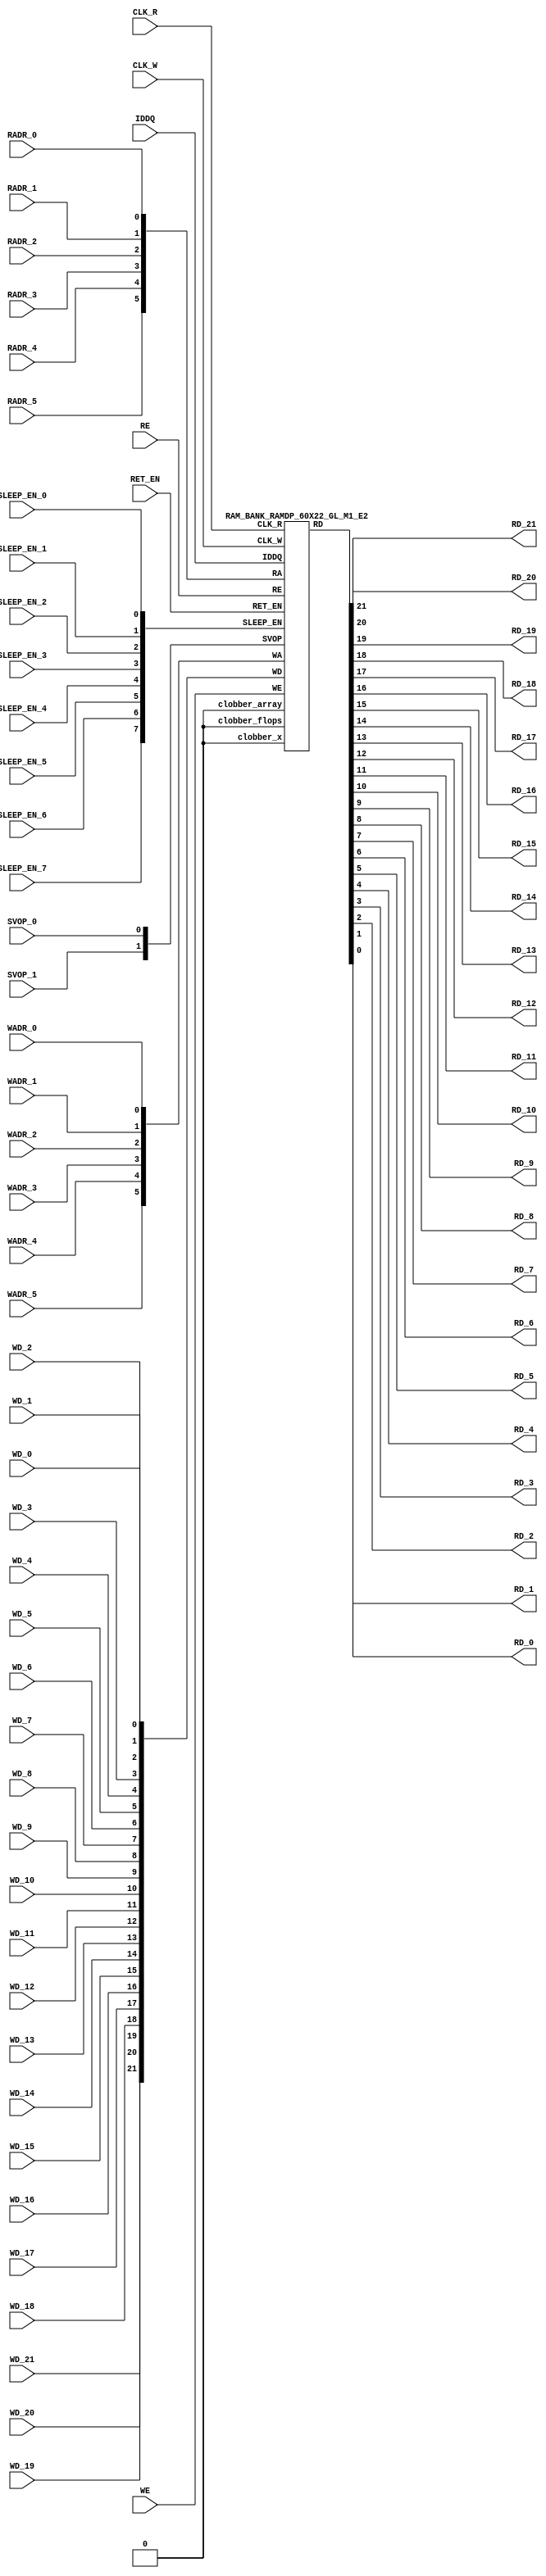
// ================================================================
// NVDLA Open Source Project
//
// Copyright(c) 2016 - 2017 NVIDIA Corporation. Licensed under the
// NVDLA Open Hardware License; Check "LICENSE" which comes with
// this distribution for more information.
// ================================================================
`timescale 10ps/1ps
`celldefine
module RAMDP_60X22_GL_M1_E2 (CLK_R, CLK_W, RE, WE
 , RADR_5, RADR_4, RADR_3, RADR_2, RADR_1, RADR_0
    , WADR_5, WADR_4, WADR_3, WADR_2, WADR_1, WADR_0
 , WD_21, WD_20, WD_19, WD_18, WD_17, WD_16, WD_15, WD_14, WD_13, WD_12, WD_11, WD_10, WD_9, WD_8, WD_7, WD_6, WD_5, WD_4, WD_3, WD_2, WD_1, WD_0
 , RD_21, RD_20, RD_19, RD_18, RD_17, RD_16, RD_15, RD_14, RD_13, RD_12, RD_11, RD_10, RD_9, RD_8, RD_7, RD_6, RD_5, RD_4, RD_3, RD_2, RD_1, RD_0
    , IDDQ
 , SVOP_1, SVOP_0
    , SLEEP_EN_7, SLEEP_EN_6, SLEEP_EN_5, SLEEP_EN_4, SLEEP_EN_3, SLEEP_EN_2, SLEEP_EN_1, SLEEP_EN_0, RET_EN
);
// nvProps NoBus SLEEP_EN_
`ifndef RAM_INTERFACE
`ifndef EMULATION
`ifndef SYNTHESIS
// Physical ram size defined as localparam
localparam phy_rows = 60;
localparam phy_cols = 22;
localparam phy_rcols_pos = 22'b0;
`endif //ndef SYNTHESIS
`endif //EMULATION
`endif //ndef RAM_INTERFACE
input CLK_R, CLK_W, RE, WE
 , RADR_5, RADR_4, RADR_3, RADR_2, RADR_1, RADR_0
    , WADR_5, WADR_4, WADR_3, WADR_2, WADR_1, WADR_0
 , WD_21, WD_20, WD_19, WD_18, WD_17, WD_16, WD_15, WD_14, WD_13, WD_12, WD_11, WD_10, WD_9, WD_8, WD_7, WD_6, WD_5, WD_4, WD_3, WD_2, WD_1, WD_0
    , SLEEP_EN_7, SLEEP_EN_6, SLEEP_EN_5, SLEEP_EN_4, SLEEP_EN_3, SLEEP_EN_2, SLEEP_EN_1, SLEEP_EN_0, RET_EN
    , IDDQ
 , SVOP_1, SVOP_0;
output RD_21, RD_20, RD_19, RD_18, RD_17, RD_16, RD_15, RD_14, RD_13, RD_12, RD_11, RD_10, RD_9, RD_8, RD_7, RD_6, RD_5, RD_4, RD_3, RD_2, RD_1, RD_0;
`ifndef RAM_INTERFACE
//assemble & rename wires
 wire [5:0] RA = {RADR_5, RADR_4, RADR_3, RADR_2, RADR_1, RADR_0};
 wire [5:0] WA = {WADR_5, WADR_4, WADR_3, WADR_2, WADR_1, WADR_0};
 wire [21:0] WD = {WD_21, WD_20, WD_19, WD_18, WD_17, WD_16, WD_15, WD_14, WD_13, WD_12, WD_11, WD_10, WD_9, WD_8, WD_7, WD_6, WD_5, WD_4, WD_3, WD_2, WD_1, WD_0};
 wire [21:0] RD;
 assign {RD_21, RD_20, RD_19, RD_18, RD_17, RD_16, RD_15, RD_14, RD_13, RD_12, RD_11, RD_10, RD_9, RD_8, RD_7, RD_6, RD_5, RD_4, RD_3, RD_2, RD_1, RD_0} = RD;
 wire [1:0] SVOP = {SVOP_1, SVOP_0};
    wire [7:0] SLEEP_EN = {SLEEP_EN_7, SLEEP_EN_6, SLEEP_EN_5, SLEEP_EN_4, SLEEP_EN_3, SLEEP_EN_2, SLEEP_EN_1, SLEEP_EN_0};
`ifndef EMULATION
`ifndef SYNTHESIS
//State point clobering signals:
    wire check_x = (SVOP_0 ^ SVOP_1);
    wire clobber_x;
    assign clobber_x = ((check_x === 1'bx) || (check_x === 1'bz)) ? 1'b1 : 1'b0;
    wire clobber_array = ((|SLEEP_EN) & ~RET_EN) | clobber_x;
    wire clobber_flops = (|SLEEP_EN) | clobber_x;
    integer i;
    always @(clobber_array) begin
      if (clobber_array) begin
      for (i=0; i<60; i=i+1) begin
          ITOP.io.array[i] <= 22'bx;
      end
      end
    end
//VCS coverage off
    always @(clobber_flops) begin
        if (clobber_flops) begin
        ITOP.we_lat <= 1'bx;
        ITOP.wa_lat <= 6'bx;
        ITOP.wd_lat <= 22'bx;
        ITOP.re_lat <= 1'bx;
        ITOP.ra_lat <= 6'bx;
        ITOP.io.r0_dout_tmp <= 22'b0;
        end
    end
//VCS coverage on
//VCS coverage off
`ifdef NV_RAM_ASSERT
//first reset signal for nv_assert_module:
    reg sim_reset;
    initial begin: init_sim_reset
        sim_reset = 0;
        #6 sim_reset = 1;
    end
    reg rst_clk;
    initial begin: init_rst_clk
        rst_clk = 0;
        #2 rst_clk = 1;
        #4 rst_clk = 0;
    end
//internal weclk|reclk gating signal:
    wire weclk_gating = ITOP.we_lat & ~IDDQ;
    wire reclk_gating = ITOP.re_lat & ~IDDQ;
//Logic-S1: write address out of range
    wire illegal_logic_assertion_wadr_out_of_range = (ITOP.wa_lat>=6'd60) & weclk_gating;
    wire disable_logic_assertion_wadr_out_of_range = $test$plusargs("disable_logic_assertions_globally") | $test$plusargs("disable_logic_assertion_wadr_out_of_range");
    nv_assert_never #(0,0, "Logic-S1:write address out of range") disable_logic_assertion_wadr_out_of_range_x (CLK_W ^ rst_clk, ~disable_logic_assertion_wadr_out_of_range & sim_reset, illegal_logic_assertion_wadr_out_of_range);
//Logic-S2: read address out of range
    wire illegal_logic_assertion_radr_out_of_range = (ITOP.ra_lat>=6'd60) & reclk_gating;
    wire disable_logic_assertion_radr_out_of_range = $test$plusargs("disable_logic_assertions_globally") | $test$plusargs("disable_logic_assertion_radr_out_of_range");
    nv_assert_never #(0,0, "Logic-S2:read address out of range") disable_logic_assertion_radr_out_of_range_x (CLK_R ^ rst_clk, ~disable_logic_assertion_radr_out_of_range & sim_reset, illegal_logic_assertion_radr_out_of_range);
//Assertion checks for power sequence of G-option RAMDP:
//weclk_gating after 2 clk
    reg weclk_gating_1p, weclk_gating_2p;
    always @(posedge CLK_W) begin
        weclk_gating_1p <= weclk_gating;
        weclk_gating_2p <= weclk_gating_1p;
    end
//reclk_gating after 2 clk
    reg reclk_gating_1p, reclk_gating_2p;
    always @(posedge CLK_R) begin
        reclk_gating_1p <= reclk_gating;
        reclk_gating_2p <= reclk_gating_1p;
    end
//RET_EN off after 2 CLK_W
    reg ret_en_w_1p, ret_en_w_2p;
    always @(posedge CLK_W or posedge RET_EN) begin
        if(RET_EN)
            begin
                ret_en_w_1p <= 1'b1;
                ret_en_w_2p <= 1'b1;
            end
        else
            begin
                ret_en_w_1p <= RET_EN;
                ret_en_w_2p <= ret_en_w_1p;
            end
    end
//RET_EN off after 2 CLK_R
    reg ret_en_r_1p, ret_en_r_2p;
    always @(posedge CLK_R or posedge RET_EN) begin
        if(RET_EN)
            begin
                ret_en_r_1p <= 1'b1;
                ret_en_r_2p <= 1'b1;
            end
        else
            begin
                ret_en_r_1p <= RET_EN;
                ret_en_r_2p <= ret_en_r_1p;
            end
    end
    wire sleep_en_or = (|SLEEP_EN) ;
//SLEEP_EN off after 2 CLK_W
    reg sleep_en_off_w_1p, sleep_en_off_w_2p;
    always @(posedge CLK_W or posedge sleep_en_or) begin
        if(sleep_en_or)
            begin
                sleep_en_off_w_1p <= 1'b1;
                sleep_en_off_w_2p <= 1'b1;
            end
        else
            begin
                sleep_en_off_w_1p <= sleep_en_or;
                sleep_en_off_w_2p <= sleep_en_off_w_1p;
            end
    end
//SLEEP_EN off after 2 CLK_R
    reg sleep_en_off_r_1p, sleep_en_off_r_2p;
    always @(posedge CLK_R or posedge sleep_en_or) begin
        if(sleep_en_or)
            begin
                sleep_en_off_r_1p <= 1'b1;
                sleep_en_off_r_2p <= 1'b1;
            end
        else
            begin
                sleep_en_off_r_1p <= |sleep_en_or;
                sleep_en_off_r_2p <= sleep_en_off_r_1p;
            end
    end
//#1 From function mode to retention mode:
//Power-S1.1:illegal assert RET_EN after asserting SLEEP_EN
    wire disable_power_assertion_S1P1 = $test$plusargs("disable_power_assertions_globally") | $test$plusargs("disable_power_assertion_assert_RET_EN_after_SLEEP_EN_on_when_function2retention");
    nv_assert_never #(0,0, "Power-S1.1:illegal assert RET_EN after asserting SLEEP_EN") inst_S1P1 (RET_EN ^ rst_clk, ~disable_power_assertion_S1P1 & sim_reset, (|SLEEP_EN));
//Power-S1.2:illegal assert RET_EN without 2 nop-CLK
    wire disable_power_assertion_S1P2 = $test$plusargs("disable_power_assertions_globally") | $test$plusargs("disable_power_assertion_assert_RET_EN_without_2_nop_CLK");
    nv_assert_never #(0,0, "Power-S1.2:illegal assert RET_EN without 2 nop-CLK") inst_S1P2 (RET_EN ^ rst_clk, ~disable_power_assertion_S1P2 & sim_reset, weclk_gating | weclk_gating_1p | weclk_gating_2p | reclk_gating | reclk_gating_1p | reclk_gating_2p);
//#2 From retention mode to function mode:
//Power-S2.1:illegal write without 2 nop-CLK after de-asserting RET_EN
    wire disable_power_assertion_S2P1 = $test$plusargs("disable_power_assertions_globally") | $test$plusargs("disable_power_assertion_write_without_2_nop_CLK_after_retention2function");
    nv_assert_never #(0,0, "Power-S2.1:illegal write without 2 nop-CLK after de-asserting RET_EN") inst_S2P1 (CLK_W ^ rst_clk, ~disable_power_assertion_S2P1 & sim_reset, ~RET_EN & ret_en_w_2p & weclk_gating);
//Power-S2.2:illegal read without 2 nop-CLK after de-asserting RET_EN
    wire disable_power_assertion_S2P2 = $test$plusargs("disable_power_assertions_globally") | $test$plusargs("disable_power_assertion_read_without_2_nop_CLK_after_retention2function");
    nv_assert_never #(0,0, "Power-S2.2:illegal read without 2 nop-CLK after de-asserting RET_EN") inst_S2P2 (CLK_R ^ rst_clk, ~disable_power_assertion_S2P2 & sim_reset, ~RET_EN & ret_en_r_2p & reclk_gating);
//#3 From function mode to sleep mode:
//Power-S3.2:illegal assert SLEEP_EN without 2 nop-CLK
    wire disable_power_assertion_S3P2 = $test$plusargs("disable_power_assertions_globally") | $test$plusargs("disable_power_assertion_assert_SLEEP_EN_without_2_nop_CLK");
    nv_assert_never #(0,0, "Power-S3.2:illegal assert SLEEP_EN without 2 nop-CLK") inst_S3P2 ((|SLEEP_EN) ^ rst_clk, ~disable_power_assertion_S3P2 & sim_reset, weclk_gating | weclk_gating_1p | weclk_gating_2p | reclk_gating | reclk_gating_1p | reclk_gating_2p);
//#4 From sleep mode to function mode:
//Power-S4.1:illegal write without 2 nop-CLK after switching from sleep mode to function mode
    wire disable_power_assertion_S4P1 = $test$plusargs("disable_power_assertions_globally") | $test$plusargs("disable_power_assertion_write_without_2_nop_CLK_after_sleep2function");
    nv_assert_never #(0,0, "Power-S4.1:illegal write without 2 nop-CLK after switching from sleep mode to function mode") inst_S4P1 (CLK_W ^ rst_clk, ~disable_power_assertion_S4P1 & sim_reset, ~(|SLEEP_EN) & sleep_en_off_w_2p & weclk_gating);
//Power-S4.2:illegal read without 2 nop-CLK after switching from sleep mode to function mode
    wire disable_power_assertion_S4P2 = $test$plusargs("disable_power_assertions_globally") | $test$plusargs("disable_power_assertion_read_without_2_nop_after_sleep2function");
    nv_assert_never #(0,0, "Power-S4.2:illegal read without 2 nop-CLK after switching from sleep mode to function mode") inst_S4P2 (CLK_R ^ rst_clk, ~disable_power_assertion_S4P2 & sim_reset, ~(|SLEEP_EN) & sleep_en_off_r_2p & reclk_gating);
`endif //NV_RAM_ASSERT
//VCS coverage on
`ifdef NV_RAM_EXPAND_ARRAY
  wire [22-1:0] Q_59 = ITOP.io.array[59];
  wire [22-1:0] Q_58 = ITOP.io.array[58];
  wire [22-1:0] Q_57 = ITOP.io.array[57];
  wire [22-1:0] Q_56 = ITOP.io.array[56];
  wire [22-1:0] Q_55 = ITOP.io.array[55];
  wire [22-1:0] Q_54 = ITOP.io.array[54];
  wire [22-1:0] Q_53 = ITOP.io.array[53];
  wire [22-1:0] Q_52 = ITOP.io.array[52];
  wire [22-1:0] Q_51 = ITOP.io.array[51];
  wire [22-1:0] Q_50 = ITOP.io.array[50];
  wire [22-1:0] Q_49 = ITOP.io.array[49];
  wire [22-1:0] Q_48 = ITOP.io.array[48];
  wire [22-1:0] Q_47 = ITOP.io.array[47];
  wire [22-1:0] Q_46 = ITOP.io.array[46];
  wire [22-1:0] Q_45 = ITOP.io.array[45];
  wire [22-1:0] Q_44 = ITOP.io.array[44];
  wire [22-1:0] Q_43 = ITOP.io.array[43];
  wire [22-1:0] Q_42 = ITOP.io.array[42];
  wire [22-1:0] Q_41 = ITOP.io.array[41];
  wire [22-1:0] Q_40 = ITOP.io.array[40];
  wire [22-1:0] Q_39 = ITOP.io.array[39];
  wire [22-1:0] Q_38 = ITOP.io.array[38];
  wire [22-1:0] Q_37 = ITOP.io.array[37];
  wire [22-1:0] Q_36 = ITOP.io.array[36];
  wire [22-1:0] Q_35 = ITOP.io.array[35];
  wire [22-1:0] Q_34 = ITOP.io.array[34];
  wire [22-1:0] Q_33 = ITOP.io.array[33];
  wire [22-1:0] Q_32 = ITOP.io.array[32];
  wire [22-1:0] Q_31 = ITOP.io.array[31];
  wire [22-1:0] Q_30 = ITOP.io.array[30];
  wire [22-1:0] Q_29 = ITOP.io.array[29];
  wire [22-1:0] Q_28 = ITOP.io.array[28];
  wire [22-1:0] Q_27 = ITOP.io.array[27];
  wire [22-1:0] Q_26 = ITOP.io.array[26];
  wire [22-1:0] Q_25 = ITOP.io.array[25];
  wire [22-1:0] Q_24 = ITOP.io.array[24];
  wire [22-1:0] Q_23 = ITOP.io.array[23];
  wire [22-1:0] Q_22 = ITOP.io.array[22];
  wire [22-1:0] Q_21 = ITOP.io.array[21];
  wire [22-1:0] Q_20 = ITOP.io.array[20];
  wire [22-1:0] Q_19 = ITOP.io.array[19];
  wire [22-1:0] Q_18 = ITOP.io.array[18];
  wire [22-1:0] Q_17 = ITOP.io.array[17];
  wire [22-1:0] Q_16 = ITOP.io.array[16];
  wire [22-1:0] Q_15 = ITOP.io.array[15];
  wire [22-1:0] Q_14 = ITOP.io.array[14];
  wire [22-1:0] Q_13 = ITOP.io.array[13];
  wire [22-1:0] Q_12 = ITOP.io.array[12];
  wire [22-1:0] Q_11 = ITOP.io.array[11];
  wire [22-1:0] Q_10 = ITOP.io.array[10];
  wire [22-1:0] Q_9 = ITOP.io.array[9];
  wire [22-1:0] Q_8 = ITOP.io.array[8];
  wire [22-1:0] Q_7 = ITOP.io.array[7];
  wire [22-1:0] Q_6 = ITOP.io.array[6];
  wire [22-1:0] Q_5 = ITOP.io.array[5];
  wire [22-1:0] Q_4 = ITOP.io.array[4];
  wire [22-1:0] Q_3 = ITOP.io.array[3];
  wire [22-1:0] Q_2 = ITOP.io.array[2];
  wire [22-1:0] Q_1 = ITOP.io.array[1];
  wire [22-1:0] Q_0 = ITOP.io.array[0];
`endif //def NV_RAM_EXPAND_ARRAY
//VCS coverage off
`ifdef MONITOR
task monitor_on;
    begin
        ITOP.io.monitor_on = 1'b1;
    end
endtask
task monitor_off;
    begin
        ITOP.io.monitor_on = 1'b0;
        ITOP.io.dump_monitor_result = 1'b1;
    end
endtask
`endif//def MONITOR
//VCS coverage on
//VCS coverage off
task mem_fill_value;
input fill_bit;
integer i;
begin
    for (i=0; i<60; i=i+1) begin
     ITOP.io.array[i] = {22{fill_bit}};
    end
end
endtask
task mem_fill_random;
integer i;
integer j;
reg [21:0] val;
begin
    for (j=0; j<60; j=j+1) begin
        for (i=0; i<22; i=i+1) begin
            val[i] = {$random};
        end
     ITOP.io.array[j] = val;
    end
end
endtask
task mem_write;
  input [5:0] addr;
  input [21:0] data;
  begin
     ITOP.io.mem_wr_raw(addr,data);
  end
endtask
function [21:0] mem_read;
  input [5:0] addr;
  begin
 mem_read = ITOP.io.mem_read_raw(addr);
  end
endfunction
task force_rd;
  input [5:0] addr;
  begin
 ITOP.io.r0_dout_tmp = ITOP.io.array[addr];
  end
endtask
`ifdef MEM_PHYS_INFO
task mem_phys_write;
  input [5:0] addr;
  input [21:0] data;
  begin
     ITOP.io.mem_wr_raw(addr,data);
  end
endtask
function [21:0] mem_phys_read_padr;
  input [5:0] addr;
  begin
 mem_phys_read_padr = ITOP.io.mem_read_raw(addr);
  end
endfunction
function [5:0] mem_log_to_phys_adr;
    input [5:0] addr;
    begin
    mem_log_to_phys_adr = addr;
    end
endfunction
function [21:0] mem_phys_read_pmasked;
  input [5:0] addr;
  begin
 mem_phys_read_pmasked = ITOP.io.mem_read_raw(addr);
  end
endfunction
function [21:0] mem_phys_read_ladr;
  input [5:0] addr;
  begin
 mem_phys_read_ladr = mem_phys_read_padr(mem_log_to_phys_adr(addr));
  end
endfunction
`endif //def MEM_PHYS_INFO
`ifdef FAULT_INJECTION
task mem_fault_no_write;
  input [21:0] fault_mask;
   begin
    ITOP.io.mem_fault_no_write(fault_mask);
  end
endtask
task mem_fault_stuck_0;
  input [21:0] fault_mask;
  integer i;
   begin
    ITOP.io.mem_fault_stuck_0(fault_mask);
   end
endtask
task mem_fault_stuck_1;
  input [21:0] fault_mask;
  integer i;
   begin
    ITOP.io.mem_fault_stuck_1(fault_mask);
  end
endtask
task set_bit_fault_stuck_0;
  input r;
  input c;
  integer r;
  integer c;
    ITOP.io.set_bit_fault_stuck_0(r,c);
endtask
task set_bit_fault_stuck_1;
  input r;
  input c;
  integer r;
  integer c;
    ITOP.io.set_bit_fault_stuck_1(r,c);
endtask
task clear_bit_fault_stuck_0;
  input r;
  input c;
  integer r;
  integer c;
    ITOP.io.clear_bit_fault_stuck_0(r,c);
endtask
task clear_bit_fault_stuck_1;
  input r;
  input c;
  integer r;
  integer c;
    ITOP.io.clear_bit_fault_stuck_1(r,c);
endtask
//VCS coverage on
`endif //def FAULT_INJECTION
`else //def SYNTHESIS
    wire clobber_x;
    assign clobber_x = 1'b0;
    wire clobber_array = 1'b0;
    wire clobber_flops = 1'b0;
`endif //ndef SYNTHESIS
//instantiate memory bank
 RAM_BANK_RAMDP_60X22_GL_M1_E2 ITOP (
  .RE(RE),
  .WE(WE),
  .RA(RA),
  .WA(WA),
  .CLK_R(CLK_R),
  .CLK_W(CLK_W),
  .IDDQ(IDDQ),
  .SVOP(SVOP),
  .WD(WD),
  .RD(RD),
  .SLEEP_EN(SLEEP_EN),
        .RET_EN(RET_EN),
        .clobber_flops(clobber_flops),
        .clobber_array(clobber_array),
        .clobber_x(clobber_x)
 );
//VCS coverage off
`else //def EMULATION
// Simple emulation model without MBIST, SCAN or REDUNDANCY
//common part for write
     reg we_ff;
        reg [5:0] wa_ff;
        reg [21:0] wd_ff;
     always @(posedge CLK_W) begin // spyglass disable W391
                we_ff <= WE;
                wa_ff <= WA;
                wd_ff <= WD;
     end
//common part for read
     reg re_lat;
        always @(*) begin
      if (!CLK_R) begin
                re_lat <= RE; // spyglass disable W18
      end
     end
     wire reclk = CLK_R & re_lat;
     reg [5:0] ra_ff;
     always @(posedge CLK_R) begin // spyglass disable W391
       ra_ff <= RA;
     end
        reg [21:0] dout;
        assign RD = dout;
//memory array
     reg [21:0] array[0:59];
     always @(negedge CLK_W ) begin
            if (we_ff) begin
       array[wa_ff] <= wd_ff; // spyglass disable SYNTH_5130
            end
     end
     always @(*) begin
      if (reclk) begin
       dout <= array[ra_ff]; // spyglass disable SYNTH_5130, W18
      end
     end
// End of the simple emulation model
`endif //def EMULATION
//VCS coverage on
`endif //ndef RAM_INTERFACE
endmodule
`endcelldefine
/////////////////////////////////////////////////////////////////////////////////////////////////////////////////////////////////
/////////////////////////////// memory bank block : defines internal logic of the RAMDP /////////////////////////////////////////
/////////////////////////////////////////////////////////////////////////////////////////////////////////////////////////////////
`ifndef RAM_INTERFACE
`ifndef EMULATION
module RAM_BANK_RAMDP_60X22_GL_M1_E2 (RE, WE, RA, WA, CLK_R, CLK_W, IDDQ, SVOP, WD, RD, SLEEP_EN, RET_EN, clobber_flops, clobber_array, clobber_x
);
input RET_EN;
input RE, WE, CLK_R, CLK_W, IDDQ;
input [5:0] RA, WA;
input [21:0] WD;
input [1:0] SVOP;
input [7:0] SLEEP_EN;
input clobber_flops, clobber_array, clobber_x;
output [21:0] RD;
//State point clobering signals:
    wire output_valid = ~(clobber_x | (|SLEEP_EN));
    wire clamp_o = SLEEP_EN[7] | RET_EN;
//common part for write
    wire clk_w_iddq = CLK_W & ~IDDQ & ~clamp_o;
 reg we_lat;
 always @(*) begin
  if (!clk_w_iddq & !clobber_flops) begin
   we_lat <= WE; // spyglass disable W18, IntClock
  end
 end
// weclk with posedge 1 dly | negedge 2 dly
    wire weclk, weclk_d0, weclk_d1, weclk_d2;
    assign weclk_d0 = clk_w_iddq & we_lat & ~clobber_flops & ~clobber_array;
    assign #1 weclk_d1 = weclk_d0;
    assign #1 weclk_d2 = weclk_d1;
    assign weclk = weclk_d1 | weclk_d2; // spyglass disable GatedClock
// wadclk with posedge 0 dly | negedge 3 dly
    wire wadclk, wadclk_d0, wadclk_d1, wadclk_d2, wadclk_d3;
    assign wadclk_d0 = clk_w_iddq & we_lat;
    assign #1 wadclk_d1 = wadclk_d0;
    assign #1 wadclk_d2 = wadclk_d1;
    assign #1 wadclk_d3 = wadclk_d2;
    assign wadclk = wadclk_d0 | wadclk_d1 | wadclk_d2 | wadclk_d3;
// wdclk with posedge 0 dly | negedge 3 dly
    wire wdclk, wdclk_d0, wdclk_d1, wdclk_d2, wdclk_d3;
    assign wdclk_d0 = clk_w_iddq & we_lat;
    assign #1 wdclk_d1 = wdclk_d0;
    assign #1 wdclk_d2 = wdclk_d1;
    assign #1 wdclk_d3 = wdclk_d2;
    assign wdclk = wdclk_d0 | wdclk_d1 | wdclk_d2 | wdclk_d3;
    reg [5:0] wa_lat;
 always @(*) begin
  if (!wadclk & !clobber_flops) begin
   wa_lat <= WA; // spyglass disable W18, IntClock
  end
 end
 reg [21:0] wd_lat;
 always @(*) begin
  if (!wdclk & !clobber_flops) begin
   wd_lat <= WD; // spyglass disable W18, IntClock
  end
 end
//common part for read
 reg re_lat;
 always @(*) begin
  if (!CLK_R & !clobber_flops) begin
   re_lat <= RE; // spyglass disable W18, IntClock
  end
 end
// reclk with posedge 1 dly | negedge 0 dly
    wire reclk, reclk_d0, reclk_d1;
    assign reclk_d0 = CLK_R & ~IDDQ & re_lat & ~clamp_o;
    assign #1 reclk_d1 = reclk_d0;
    assign reclk = reclk_d0 & reclk_d1; // spyglass disable GatedClock
// radclk with posedge 0 dly | negedge 1 dly
    wire radclk, radclk_d0, radclk_d1;
    assign radclk_d0 = CLK_R & ~IDDQ & re_lat & ~clamp_o;
    assign #1 radclk_d1 = radclk_d0;
    assign radclk = radclk_d0 | radclk_d1;
 reg [5:0] ra_lat;
 always @(*) begin
  if (!radclk & !clobber_flops) begin
   ra_lat <= RA; // spyglass disable W18, IntClock
  end
 end
 wire [21:0] dout;
 assign RD = clamp_o ? 22'b0 : (output_valid ? dout : 22'bx); //spyglass disable STARC-2.10.1.6
//for E-option RAM
 vram_RAMDP_60X22_GL_M1_E2 # (60, 22, 6) io (
  .w0_addr(wa_lat),
  .w0_clk(weclk),
  .w0_bwe({22{1'b1}}),
  .w0_din(wd_lat),
  .r0_addr(ra_lat),
  .r0_clk(reclk),
  .r0_dout(dout),
        .clamp_o(clamp_o)
 );
endmodule
`endif //ndef EMULATION
`endif //ndef RAM_INTERFACE
/////////////////////////////////////////////////////////////////////////////////////////////////////////////////////////////////
///////////////////////////////  ram primitive : defines 2D behavioral memory array of the RAMDP ////////////////////////////////
/////////////////////////////////////////////////////////////////////////////////////////////////////////////////////////////////
`ifndef RAM_INTERFACE
`ifndef EMULATION
module vram_RAMDP_60X22_GL_M1_E2 (
 w0_addr,
 w0_clk,
 w0_bwe,
 w0_din,
 r0_addr,
 r0_clk,
 r0_dout,
    clamp_o
);
parameter words = 60;
parameter bits = 22;
parameter addrs = 6;
input [addrs-1:0] w0_addr;
input w0_clk;
input [bits-1:0] w0_din;
input [bits-1:0] w0_bwe;
input [addrs-1:0] r0_addr;
input r0_clk;
input clamp_o;
output [bits-1:0] r0_dout;
integer a;
`ifndef SYNTHESIS
`ifdef FAULT_INJECTION
// regs for inducing faults
 reg [bits-1:0] fault_no_write; // block writes to this column
 reg [bits-1:0] fault_stuck_0; // column always reads as 0
 reg [bits-1:0] fault_stuck_1; // column always reads as 1
 reg [bits-1:0] bit_fault_stuck_0[0:words-1]; // column always reads as 0
 reg [bits-1:0] bit_fault_stuck_1[0:words-1]; // column always reads as 1
 initial begin : init_bit_fault_stuck
   integer i;
   integer j;
   fault_no_write = {bits{1'b0}};
   fault_stuck_0 = {bits{1'b0}};
   fault_stuck_1 = {bits{1'b0}};
   for (i=0; i<=words; i=i+1) begin
       bit_fault_stuck_0[i] = {bits{1'b0}};
       bit_fault_stuck_1[i] = {bits{1'b0}};
   end
 end
`endif //def FAULT_INJECTION
`ifdef MONITOR
//VCS coverage off
// monitor variables
reg monitor_on;
reg dump_monitor_result;
// this monitors coverage including redundancy cols
// 1'bx = not accessed
// 1'b0 = accessed as a 0
// 1'b1 = accessed as a 1
// 1'bz = accessed as both 0 and 1
reg [bits-1:0] bit_written[0:words-1];
reg [bits-1:0] bit_read[0:words-1];
initial begin : init_monitor
  monitor_on = 1'b0;
  dump_monitor_result = 1'b0;
  for(a=0;a<words;a=a+1) begin
      bit_written[a] = {bits{1'bx}};
      bit_read[a] = {bits{1'bx}};
  end
end
always @(dump_monitor_result) begin : dump_monitor
    integer r;
 integer c;
    integer b;
 reg [22-1:0] tmp_row;
     if (dump_monitor_result == 1'b1) begin
      $display("Exercised coverage summary:");
      $display("\t%m bits not written as 0:");
      for (r=0; r<60; r=r+1) begin
          tmp_row = bit_written[r];
       for (c=0; c<22; c=c+1) begin
        if (tmp_row[c] !== 1'b0 && tmp_row[c] !== 1'bz) $display("\t\t[row,col] [%d,%d]", r, c);
       end
      end
            $display("\t%m bits not written as 1:");
      for (r=0; r<60; r=r+1) begin
          tmp_row = bit_written[r];
       for (c=0; c<22; c=c+1) begin
        if (tmp_row[c] !== 1'b1 && tmp_row[c] !== 1'bz) $display("\t\t[row,col] [%d,%d]", r, c);
       end
      end
      $display("\t%m bits not read as 0:");
      for (r=0; r<60; r=r+1) begin
          tmp_row = bit_read[r];
       for (c=0; c<22; c=c+1) begin
        if (tmp_row[c] !== 1'b0 && tmp_row[c] !== 1'bz) $display("\t\t[row,col] [%d,%d]", r, c);
       end
      end
      $display("\t%m bits not read as 1:");
      for (r=0; r<60; r=r+1) begin
          tmp_row = bit_read[r];
       for (c=0; c<22; c=c+1) begin
        if (tmp_row[c] !== 1'b1 && tmp_row[c] !== 1'bz) $display("\t\t[row,col] [%d,%d]", r, c);
       end
      end
        end
 dump_monitor_result = 1'b0;
end
//VCS coverage on
`endif //MONITOR
`endif //ndef SYNTHESIS
//memory array
 reg [bits-1:0] array[0:words-1];
// Bit write enable
`ifndef SYNTHESIS
    `ifdef FAULT_INJECTION
        wire [bits-1:0] bwe_with_fault = w0_bwe & ~fault_no_write;
        wire [bits-1:0] re_with_fault = ~(bit_fault_stuck_1[r0_addr] | bit_fault_stuck_0[r0_addr]);
    `else
        wire [bits-1:0] bwe_with_fault = w0_bwe;
        wire [bits-1:0] re_with_fault = {bits{1'b1}};
    `endif //def FAULT_INJECTION
`else
    wire [bits-1:0] bwe_with_fault = w0_bwe;
`endif //SYNTHESIS
//write function
    wire [bits-1:0] bitclk = {bits{w0_clk}} & bwe_with_fault;
    genvar idx;
    generate
        for (idx=0; idx<bits; idx=idx+1)
        begin : write
            always @(bitclk[idx] or w0_clk or w0_addr or w0_din[idx])
            begin
                if (bitclk[idx] && w0_clk)
                begin
                    array[w0_addr][idx] <= w0_din[idx]; // spyglass disable SYNTH_5130, W18
                    `ifndef SYNTHESIS
                    `ifdef MONITOR
//VCS coverage off
                    if (monitor_on) begin
         case (bit_written[w0_addr][idx])
             1'bx: bit_written[w0_addr][idx] = w0_din[idx];
             1'b0: bit_written[w0_addr][idx] = w0_din[idx] == 1 ? 1'bz : 1'b0;
             1'b1: bit_written[w0_addr][idx] = w0_din[idx] == 0 ? 1'bz : 1'b1;
             1'bz: bit_written[w0_addr][idx] = 1'bz;
         endcase
                    end
//VCS coverage on
                    `endif //MONITOR	    
                    `endif //SYNTHESIS	
                end
            end
        end
    endgenerate
//read function
 wire [bits-1:0] r0_arr;
`ifndef SYNTHESIS
    `ifdef FAULT_INJECTION
     assign r0_arr = (array[r0_addr] | bit_fault_stuck_1[r0_addr]) & ~bit_fault_stuck_0[r0_addr]; //read fault injection
    `else
     assign r0_arr = array[r0_addr];
    `endif //def FAULT_INJECTION
`else
    assign r0_arr = array[r0_addr]; // spyglass disable SYNTH_5130
`endif //def SYNTHESIS
    wire r0_clk_d0p1, r0_clk_read, r0_clk_reset_collision;
    assign #0.1 r0_clk_d0p1 = r0_clk;
    assign r0_clk_read = r0_clk_d0p1 & r0_clk; // spyglass disable GatedClock
    assign r0_clk_reset_collision = r0_clk | r0_clk_d0p1; // spyglass disable W402b
`ifndef SYNTHESIS
`ifdef MONITOR
//VCS coverage off
    always @(r0_clk_read) begin
        if (monitor_on) begin
            for (a=0; a<bits; a=a+1) begin
             if (re_with_fault[a] && r0_clk_read) begin
                 case (bit_read[r0_addr][a])
               1'bx: bit_read[r0_addr][a] = array[r0_addr][a];
            1'b0: bit_read[r0_addr][a] = array[r0_addr][a] == 1 ? 1'bz : 1'b0;
            1'b1: bit_read[r0_addr][a] = array[r0_addr][a] == 0 ? 1'bz : 1'b1;
            1'bz: bit_read[r0_addr][a] = 1'bz;
              endcase
             end
         end
        end
    end
//VCS coverage on
`endif //MONITOR
`endif //SYNTHESIS
 reg [bits-1:0] collision_ff;
    wire [bits-1:0] collision_ff_clk = {bits{w0_clk}} & {bits{r0_clk_read}} & {bits{r0_addr==w0_addr}} & bwe_with_fault; //spyglass disable GatedClock
    genvar bw;
    generate
        for (bw=0; bw<bits; bw=bw+1)
        begin : collision
         always @(posedge collision_ff_clk[bw] or negedge r0_clk_reset_collision) begin
                if (!r0_clk_reset_collision)
                    begin
                        collision_ff[bw] <= 1'b0;
                    end
                else
                    begin
                        collision_ff[bw] <= 1'b1;
                    end
            end
        end
    endgenerate
 reg [bits-1:0] r0_dout_tmp;
 always @(*)
 begin
     if (r0_clk_read) begin
            for (a=0; a<bits; a=a+1) begin
                r0_dout_tmp[a] <= ( collision_ff[a] | (r0_addr==w0_addr & w0_clk & bwe_with_fault[a]) ) ? 1'bx : r0_arr[a] & ~clamp_o; //spyglass disable STARC-2.10.1.6, W18
            end
        end
    end
    wire [bits-1:0] r0_dout = r0_dout_tmp & {bits{~clamp_o}};
`ifndef SYNTHESIS
//VCS coverage off
task mem_wr_raw;
  input [addrs-1:0] addr;
  input [bits-1:0] data;
  begin
    array[addr] = data;
  end
endtask
function [bits-1:0] mem_read_raw;
input [addrs-1:0] addr;
 mem_read_raw = array[addr];
endfunction
`ifdef FAULT_INJECTION
// induce faults on columns
task mem_fault_no_write;
  input [bits-1:0] fault_mask;
   begin
    fault_no_write = fault_mask;
  end
endtask
task mem_fault_stuck_0;
  input [bits-1:0] fault_mask;
  integer i;
   begin
    for ( i=0; i<words; i=i+1 ) begin
      bit_fault_stuck_0[i] = fault_mask;
    end
  end
endtask
task mem_fault_stuck_1;
  input [bits-1:0] fault_mask;
  integer i;
   begin
    for ( i=0; i<words; i=i+1 ) begin
      bit_fault_stuck_1[i] = fault_mask;
    end
  end
endtask
task set_bit_fault_stuck_0;
  input r;
  input c;
  integer r;
  integer c;
  bit_fault_stuck_0[r][c] = 1;
endtask
task set_bit_fault_stuck_1;
  input r;
  input c;
  integer r;
  integer c;
  bit_fault_stuck_1[r][c] = 1;
endtask
task clear_bit_fault_stuck_0;
  input r;
  input c;
  integer r;
  integer c;
  bit_fault_stuck_0[r][c] = 0;
endtask
task clear_bit_fault_stuck_1;
  input r;
  input c;
  integer r;
  integer c;
  bit_fault_stuck_1[r][c] = 0;
endtask
//VCS coverage on
`endif //def FAULT_INJECTION
`endif //ndef SYNTHESIS
endmodule
`endif //ndef EMULATION
`endif //ndef RAM_INTERFACE